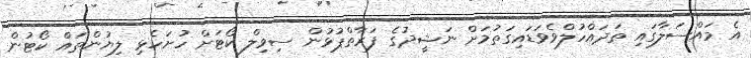
އެ މައްސަލާގައި ތަދައްހުލްވެވަޑައިގަތުމަށް ނަޝީދުގެ ފަރާތްޕުޅުން ސިވިލް ކޯޓަށް ހުށަހެޅި ލިޔުންތައް ކޯޓުން